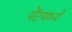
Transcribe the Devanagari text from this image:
पेंटमध्ये